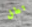
تطل